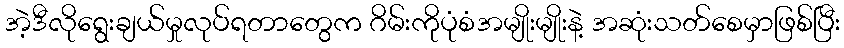
အဲ့ဒီလိုရွေးချယ်မှုလုပ်ရတာတွေက ဂိမ်းကိုပုံစံအမျိုးမျိုးနဲ့ အဆုံးသတ်စေမှာဖြစ်ပြီး